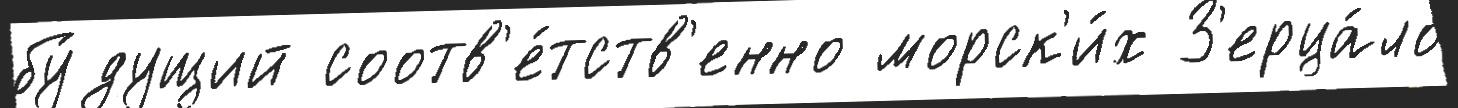
бу́дущий соотв'е́тств'енно морск'и́х З'ерца́ло